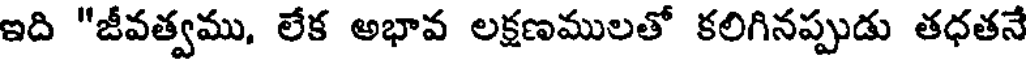
ఇది "జీవత్వము, లేక అభావ లక్షణములతో కలిగినప్పుడు తధతనే